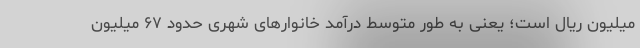
میلیون ریال است؛ یعنی به طور متوسط درآمد خانوارهای شهری حدود ۶۷ میلیون